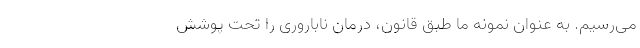
می‌رسیم. به‌ عنوان نمونه ما طبق قانون، درمان ناباروری را تحت پوشش